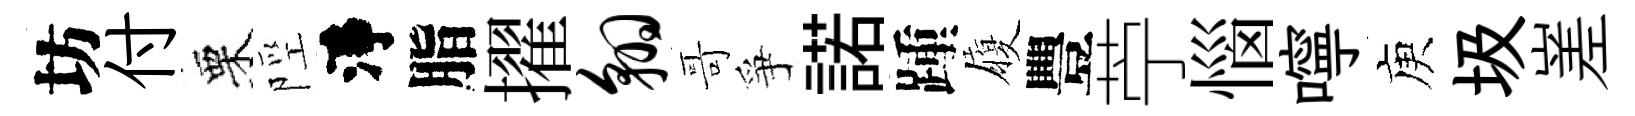
坊付栗陘淨脂擢翱哥爭諾踵履豐苧惱嚀庾圾嵳